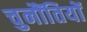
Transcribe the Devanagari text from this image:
चुनौंतियों